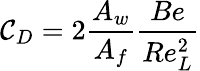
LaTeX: \mathcal{C}_{D}=2{\frac{{A_{w}}}{{A_{f}}}}{\frac{{Be}}{{Re_{L}^{2}}}}